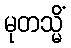
မုတသ္မိံ